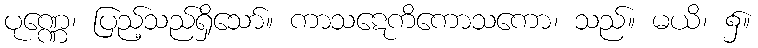
ပုဏ္ဏေ၊ ပြည့်သည်ရှိသော်။ ကာသဋေကိကောသကော၊ သည်။ မယိ၊ ၌။